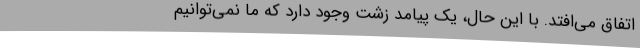
اتفاق می‌افتد. با این حال، یک پیامد زشت وجود دارد که ما نمی‌توانیم